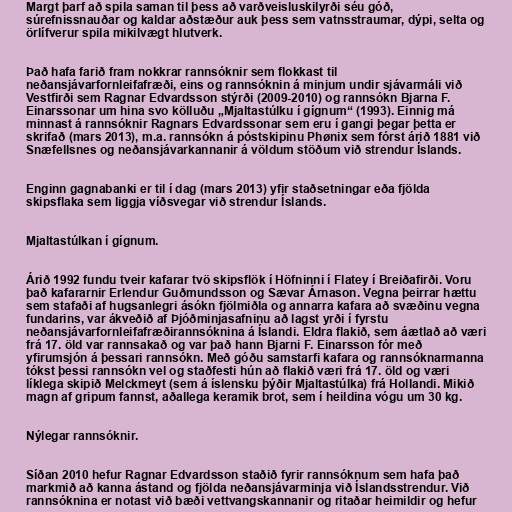
Margt þarf að spila saman til þess að varðveisluskilyrði séu góð,
súrefnissnauðar og kaldar aðstæður auk þess sem vatnsstraumar, dýpi, selta og
örlífverur spila mikilvægt hlutverk.

Það hafa farið fram nokkrar rannsóknir sem flokkast til
neðansjávarfornleifafræði, eins og rannsóknin á minjum undir sjávarmáli við
Vestfirði sem Ragnar Edvardsson stýrði (2009-2010) og rannsókn Bjarna F.
Einarssonar um hina svo kölluðu „Mjaltastúlku í gígnum“ (1993). Einnig má
minnast á rannsóknir Ragnars Edvardssonar sem eru í gangi þegar þetta er
skrifað (mars 2013), m.a. rannsókn á póstskipinu Phønix sem fórst árið 1881 við
Snæfellsnes og neðansjávarkannanir á völdum stöðum við strendur Íslands.

Enginn gagnabanki er til í dag (mars 2013) yfir staðsetningar eða fjölda
skipsflaka sem liggja víðsvegar við strendur Íslands.

Mjaltastúlkan í gígnum.

Árið 1992 fundu tveir kafarar tvö skipsflök í Höfninni í Flatey í Breiðafirði. Voru
það kafararnir Erlendur Guðmundsson og Sævar Árnason. Vegna þeirrar hættu
sem stafaði af hugsanlegri ásókn fjölmiðla og annarra kafara að svæðinu vegna
fundarins, var ákveðið af Þjóðminjasafninu að lagst yrði í fyrstu
neðansjávarfornleifafræðirannsóknina á Íslandi. Eldra flakið, sem áætlað að væri
frá 17. öld var rannsakað og var það hann Bjarni F. Einarsson fór með
yfirumsjón á þessari rannsókn. Með góðu samstarfi kafara og rannsóknarmanna
tókst þessi rannsókn vel og staðfesti hún að flakið væri frá 17. öld og væri
líklega skipið Melckmeyt (sem á íslensku þýðir Mjaltastúlka) frá Hollandi. Mikið
magn af gripum fannst, aðallega keramik brot, sem í heildina vógu um 30 kg.

Nýlegar rannsóknir.

Síðan 2010 hefur Ragnar Edvardsson staðið fyrir rannsóknum sem hafa það
markmið að kanna ástand og fjölda neðansjávarminja við Íslandsstrendur. Við
rannsóknina er notast við bæði vettvangskannanir og ritaðar heimildir og hefur